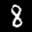
Label: 8